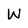
Character: W